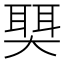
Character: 𫯺